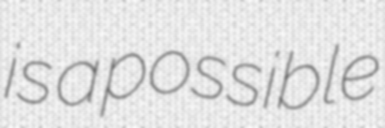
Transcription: is a possible